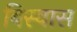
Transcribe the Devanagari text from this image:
बिस्‍वास